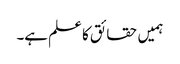
ہمیں حقائق کا علم ہے۔